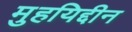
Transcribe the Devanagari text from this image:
मुहयिद्दीन